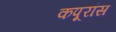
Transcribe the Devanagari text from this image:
कपूरांस